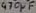
Text: 470µF